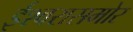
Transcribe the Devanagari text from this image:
ईश्वरासमोर